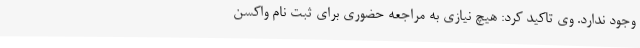
وجود ندارد. وی تاکید کرد: هیچ نیازی به مراجعه حضوری برای ثبت نام واکسن